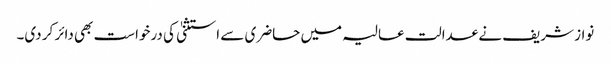
نواز شریف نے عدالت عالیہ میں حاضری سے استثنیٰ کی درخواست بھی دائر کر دی۔